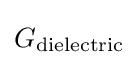
G_{\text{dielectric}}